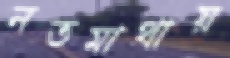
নতমাথায়